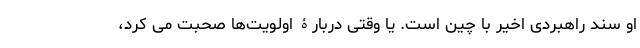
او سند راهبردی اخیر با چین است. یا وقتی دربارۀ اولویت‌ها صحبت می کرد،